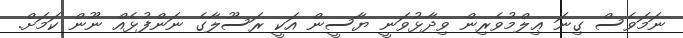
ނަމަވެސް ގިނަ ޢިލްމުވެރިން ވިދާޅުވަނީ ޔާސީން އަކީ ރަސޫލާގެ ނަންފުޅެއް ނޫން ކަމަށް.